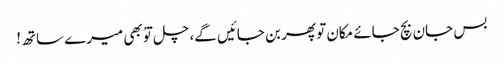
بس جان بچ جائے مکان تو پھر بن جائیں گے، چل توْ بھی میرے ساتھ!